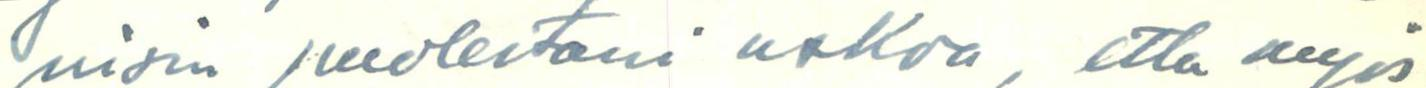
nisin puolestani uskoa, että myös